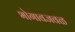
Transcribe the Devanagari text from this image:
भोगावजवळ